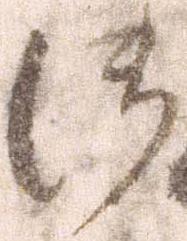
御